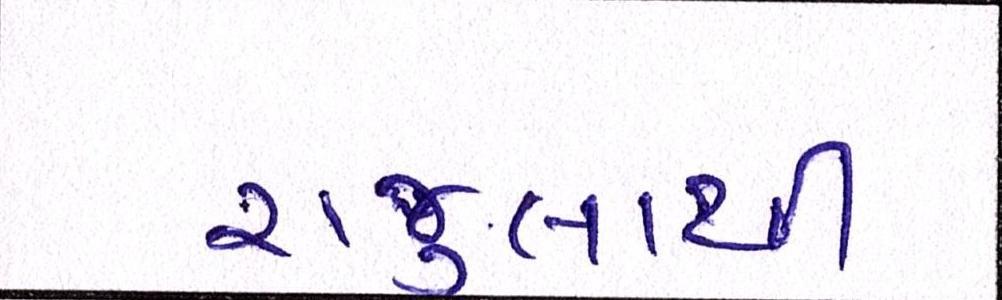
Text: રાજુલાથી